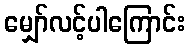
မျှော်လင့်ပါကြောင်း